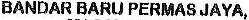
BANDAR BARU PERMAS JAYA,